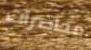
محاضرات